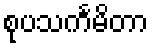
စုပသင်္ကမိတာ